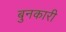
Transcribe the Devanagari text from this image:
बुनकारी